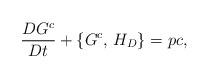
LaTeX: \begin{align*}\frac{D G^c}{D t} + \{ G^c,\, H_D \} = pc, \end{align*}